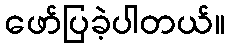
ဖော်ပြခဲ့ပါတယ်။